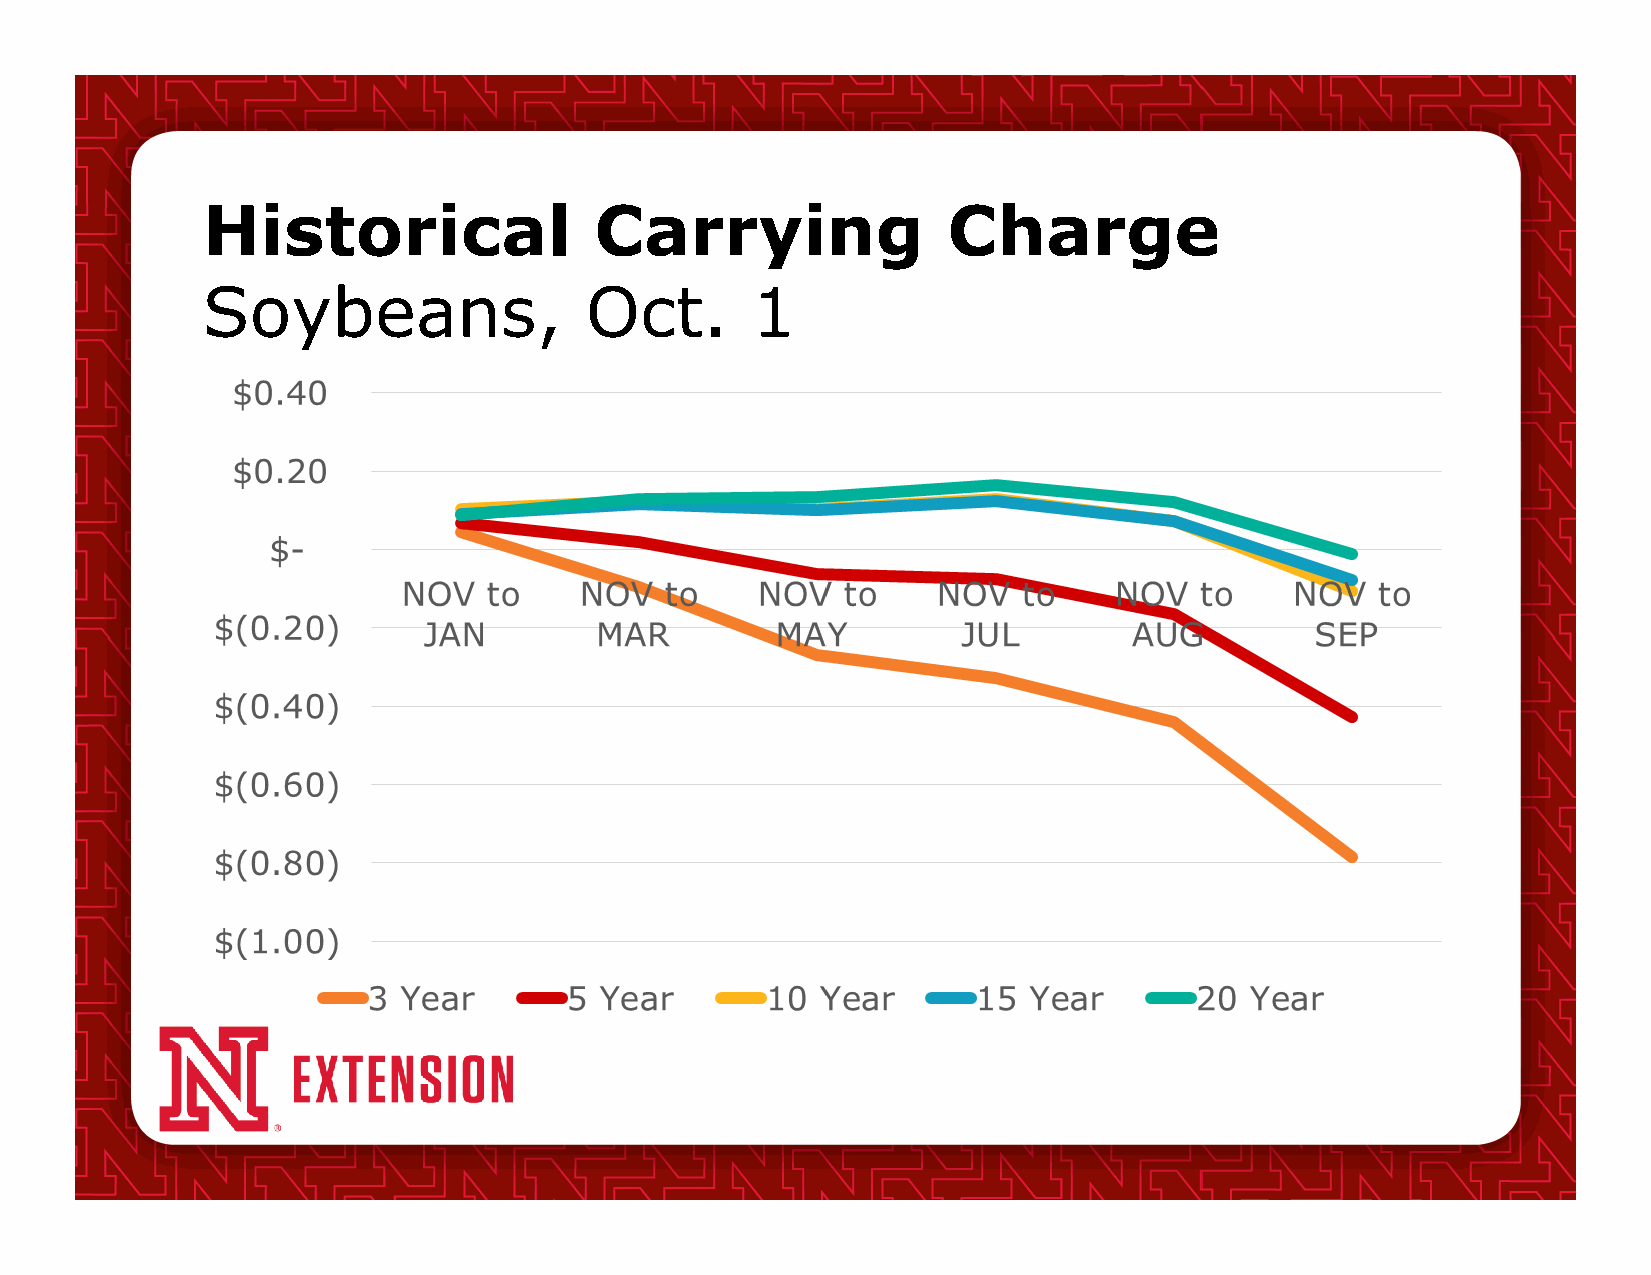
Historical                Carrying                Charge
 Soybeans,                 Oct.       1